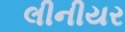
લીનીયર